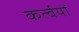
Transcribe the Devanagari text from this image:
कर्त्वयों